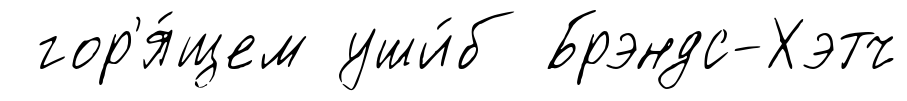
гор'я́щем уши́б Брэндс-Хэтч